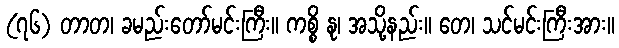
(၇၆) တာတ၊ ခမည်းတော်မင်းကြီး။ ကစ္စိ နု၊ အသို့နည်း။ တေ၊ သင်မင်းကြီးအား။